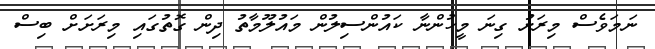
ނަމަވެސް މިރަށު ގިނަ މީހުންނާ ކައުންސިލުން މައުލޫމާތު ދިން ގޮތުގައި މިރަށަށް ބިސް